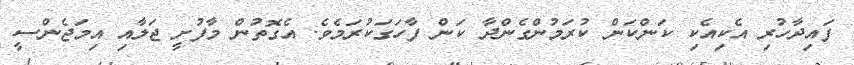
ފައިދާހުރި އެކިއެކި ކަންކަން ކުރަމުންގެންދާ ކަން ފާހަގަކުރަމެވެ. އެގޮތުން މާފުށީ ޖަލާއި އިމަޖެންސީ